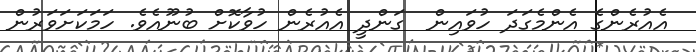
އެއުރެންގެ އެންމެގަދަ ހުވައިން  ގަންދީ އެއުރެން ހުވާކޮށް ބުނޫއެވެ. ހަމަކަށަވަރުން